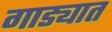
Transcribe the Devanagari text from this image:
गाड्यात